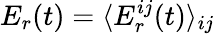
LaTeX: E_{r}(t)=\langle E_{r}^{ij}(t)\rangle_{ij}